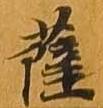
薩